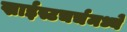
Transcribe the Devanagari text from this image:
ख्राईस्टचर्चमध्ये